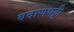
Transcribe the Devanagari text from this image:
बदाणपट्टी